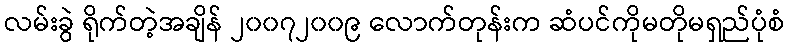
လမ်းခွဲ ရိုက်တဲ့အချိန် ၂၀၀၇၂၀၀၉ လောက်တုန်းက ဆံပင်ကိုမတိုမရှည်ပုံစံ